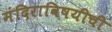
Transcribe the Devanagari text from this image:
मंदिराविषयीची